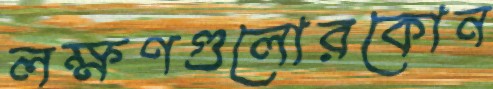
লক্ষণগুলোরকোন